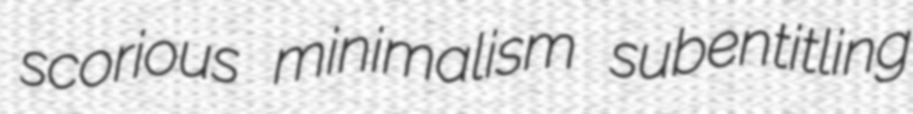
scorious minimalism subentitling